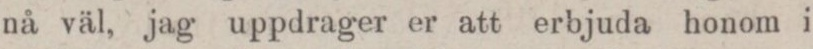
nå väl, jag uppdrager er att erbjuda honom i